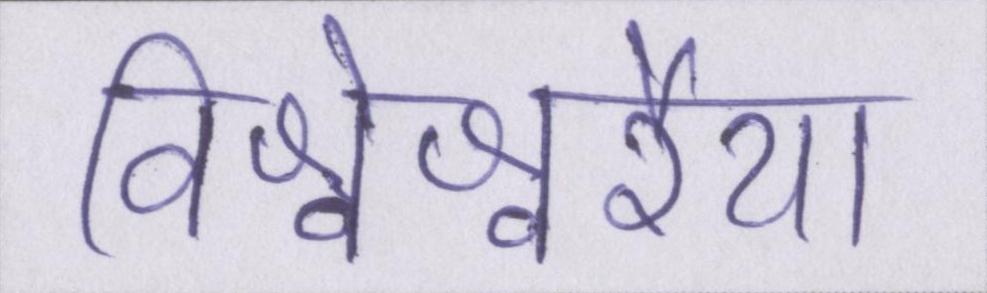
विश्वेश्वरैया